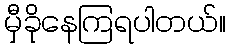
မှီခိုနေကြရပါတယ်။